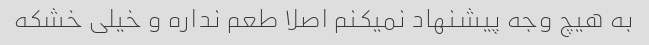
به هیچ وجه پیشنهاد نمیکنم اصلا طعم نداره و خیلی خشکه